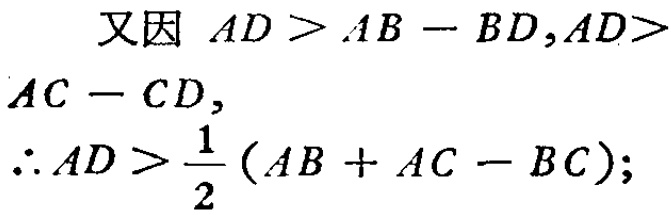
又因 \(AD > AB - BD,AD>AC - CD,\)

\(\therefore AD > \frac{1}{2}(AB + AC - BC);\)